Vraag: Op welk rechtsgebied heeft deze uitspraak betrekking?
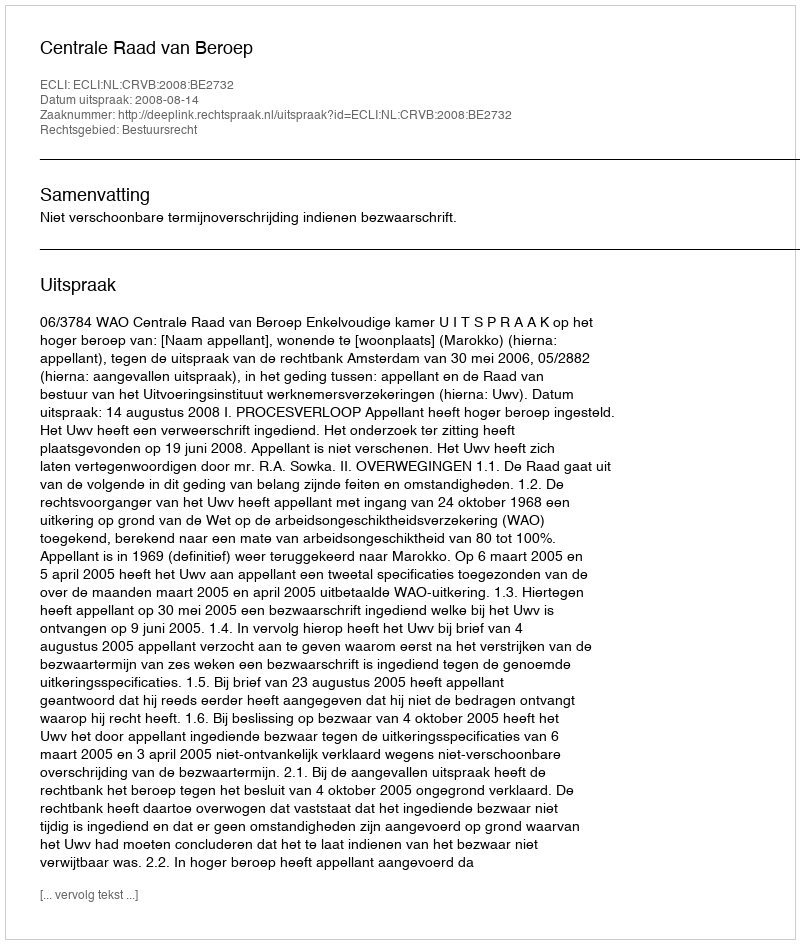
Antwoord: Bestuursrecht